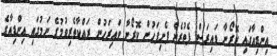
އިންޑިއާގައި ކޮރޯނާ ވައިރަސް ފެތުރެން ފެށިފަހުން ކޮރޯނާ ވައިރަހުން ރައްކާތެރިވުމުގެ ނަމުގައި އިންޑިއާގެ